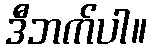
ဒီဘက်ပါ။